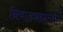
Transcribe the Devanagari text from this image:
निवाड्याप्रमाणें